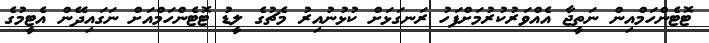
ޓޮޓެންހަމްއިން ނަތީޖާ އެއްވަރުކުރުމަށްފަހު ރަނގަޅަށް ކުޅުނުއިރު މެޗުގެ ލީޑު ޓޮޓެންހަމްއަށް ނަގައިދޭން އެޓީމުގެ